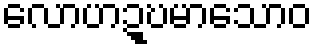
လောဟဍ္ဎမာသောဝ